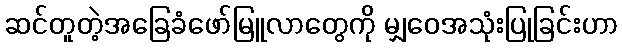
ဆင်တူတဲ့အခြေခံဖော်မြူလာတွေကို မျှဝေအသုံးပြုခြင်းဟာ